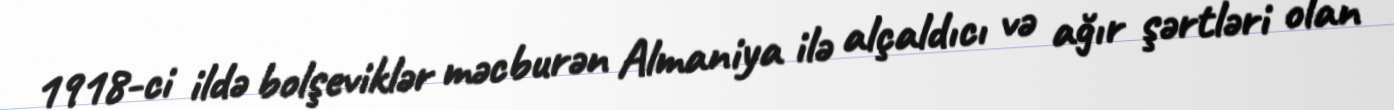
1918-ci ildə bolşeviklər məcburən Almaniya ilə alçaldıcı və ağır şərtləri olan